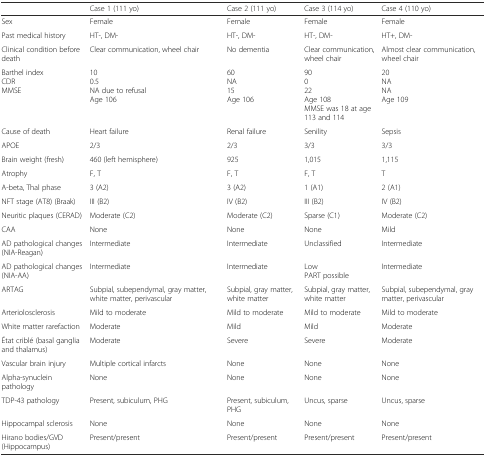
<table><thead><tr><td></td><td><b>Case 1 (111 yo)</b></td><td><b>Case 2 (111 yo)</b></td><td><b>Case 3 (114 yo)</b></td><td><b>Case 4 (110 yo)</b></td></tr></thead><tbody><tr><td>Sex</td><td>Female</td><td>Female</td><td>Female</td><td>Female</td></tr><tr><td>Past medical history</td><td>HT-, DM-</td><td>HT-, DM-</td><td>HT-, DM-</td><td>HT+, DM-</td></tr><tr><td>Clinical condition before death</td><td>Clear communication, wheel chair</td><td>No dementia</td><td>Clear communication, wheel chair</td><td>Almost clear communication, wheel chair</td></tr><tr><td>Barthel indexCDRMMSE</td><td>100.5NA due to refusalAge 106</td><td>60NA15Age 106</td><td>90022Age 108MMSE was 18 at age 113 and 114</td><td>20NANAAge 109</td></tr><tr><td>Cause of death</td><td>Heart failure</td><td>Renal failure</td><td>Senility</td><td>Sepsis</td></tr><tr><td>APOE</td><td>2/3</td><td>2/3</td><td>3/3</td><td>3/3</td></tr><tr><td>Brain weight (fresh)</td><td>460 (left hemisphere)</td><td>925</td><td>1,015</td><td>1,115</td></tr><tr><td>Atrophy</td><td>F, T</td><td>F, T</td><td>F, T</td><td>T</td></tr><tr><td>A-beta, Thal phase</td><td>3 (A2)</td><td>3 (A2)</td><td>1 (A1)</td><td>2 (A1)</td></tr><tr><td>NFT stage (AT8) (Braak)</td><td>III (B2)</td><td>IV (B2)</td><td>III (B2)</td><td>IV (B2)</td></tr><tr><td>Neuritic plaques (CERAD)</td><td>Moderate (C2)</td><td>Moderate (C2)</td><td>Sparse (C1)</td><td>Moderate (C2)</td></tr><tr><td>CAA</td><td>None</td><td>None</td><td>None</td><td>Mild</td></tr><tr><td>AD pathological changes (NIA-Reagan)</td><td>Intermediate</td><td>Intermediate</td><td>Unclassified</td><td>Intermediate</td></tr><tr><td>AD pathological changes (NIA-AA)</td><td>Intermediate</td><td>Intermediate</td><td>LowPART possible</td><td>Intermediate</td></tr><tr><td>ARTAG</td><td>Subpial, subependymal, gray matter, white matter, perivascular</td><td>Subpial, gray matter, white matter</td><td>Subpial, gray matter, white matter</td><td>Subpial, subependymal, gray matter, perivascular</td></tr><tr><td>Arteriolosclerosis</td><td>Mild to moderate</td><td>Mild to moderate</td><td>Mild to moderate</td><td>Mild to moderate</td></tr><tr><td>White matter rarefaction</td><td>Moderate</td><td>Mild</td><td>Mild</td><td>Moderate</td></tr><tr><td>État criblé (basal ganglia and thalamus)</td><td>Moderate</td><td>Severe</td><td>Severe</td><td>Moderate</td></tr><tr><td>Vascular brain injury</td><td>Multiple cortical infarcts</td><td>None</td><td>None</td><td>None</td></tr><tr><td>Alpha-synuclein pathology</td><td>None</td><td>None</td><td>None</td><td>None</td></tr><tr><td>TDP-43 pathology</td><td>Present, subiculum, PHG</td><td>Present, subiculum, PHG</td><td>Uncus, sparse</td><td>Uncus, sparse</td></tr><tr><td>Hippocampal sclerosis</td><td>None</td><td>None</td><td>None</td><td>None</td></tr><tr><td>Hirano bodies/GVD (Hippocampus)</td><td>Present/present</td><td>Present/present</td><td>Present/present</td><td>Present/present</td></tr></tbody></table>